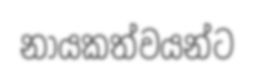
නායකත්වයන්ට